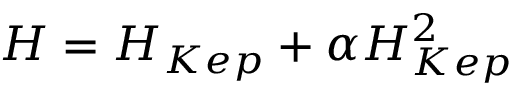
{ \cal H } = { \cal H } _ { K e p } + \alpha { \cal H } _ { K e p } ^ { 2 }